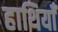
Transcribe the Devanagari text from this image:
हाथियाँ